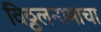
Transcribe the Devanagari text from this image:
विठ्ठलनामाचा